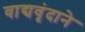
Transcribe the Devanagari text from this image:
वाद्यवृंदाने